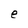
Character: e